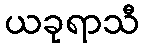
ယခုရာသီ